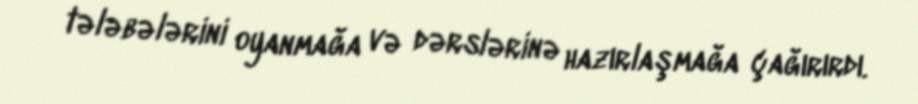
tələbələrini oyanmağa və dərslərinə hazırlaşmağa çağırırdı.